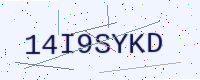
Text: 14I9SYKD